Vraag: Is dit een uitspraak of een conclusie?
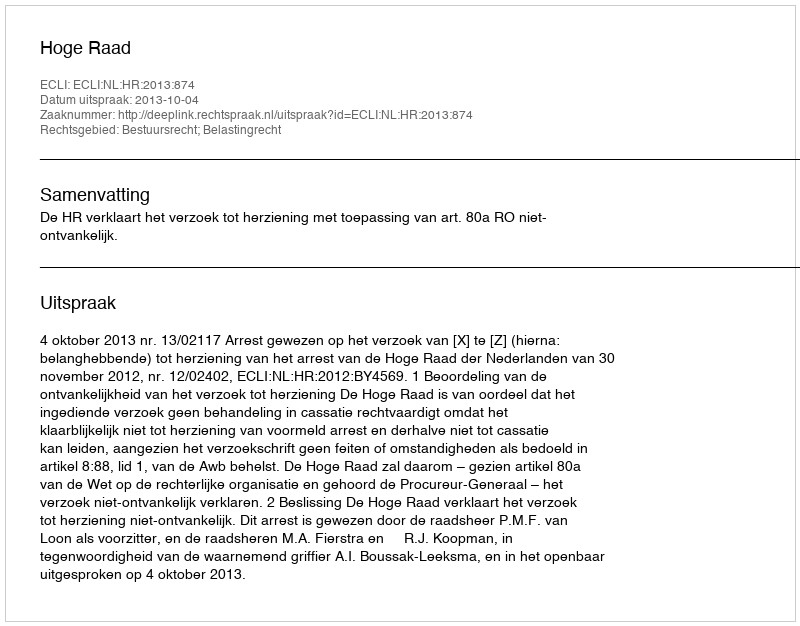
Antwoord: Uitspraak